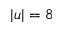
| u | = 8